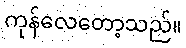
ကုန်လေတော့သည်။